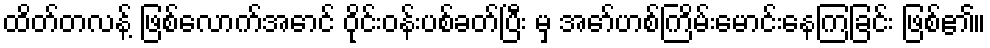
ထိတ်တလန့် ဖြစ်လောက်အောင် ဝိုင်းဝန်းပစ်ခတ်ပြီး မှ အော်ဟစ်ကြိမ်းမောင်းနေကြခြင်း ဖြစ်၏။